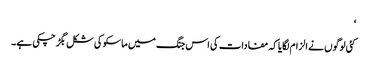
‘
کئی لوگوں نے الزام لگایا کہ مفادات کی اس جنگ میں ماسکو کی شکل بگڑ چکی ہے۔